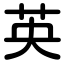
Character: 英